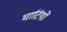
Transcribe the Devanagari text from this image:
घाटियों